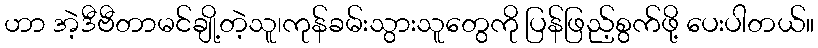
ဟာ အဲ့ဒီဗီတာမင်ချို့တဲ့သူ၊ကုန်ခမ်းသွားသူတွေကို ပြန်ဖြည့်စွက်ဖို့ ပေးပါတယ်။